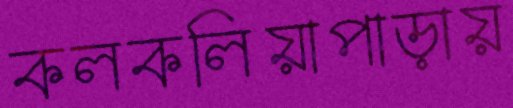
কলকলিয়াপাড়ায়